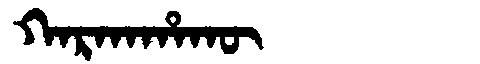
Manchu: ᡴᠠᡵᡴᠠᡥᠠᡴᡡ
Romanization: KARKAHAKŪ